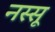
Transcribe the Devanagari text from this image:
नस्सू